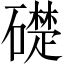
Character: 礎